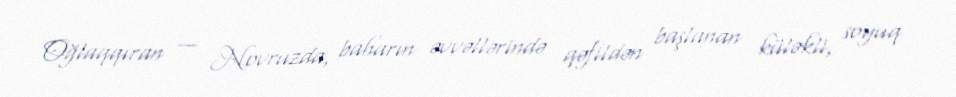
Oğlaqqıran — Novruzda, baharın əvvəllərində qəfildən başlanan küləkli, soyuq